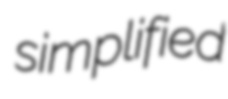
simplified